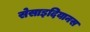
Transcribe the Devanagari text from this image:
सेसाइदियानस